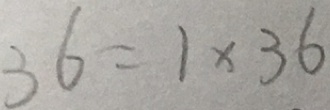
3 6 = 1 \times 3 6